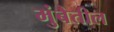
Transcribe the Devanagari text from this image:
मुंबैतील